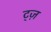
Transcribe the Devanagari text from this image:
ट्ज़